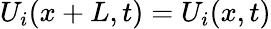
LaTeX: U_{i}({x}+{L},t)=U_{i}(x,t)